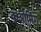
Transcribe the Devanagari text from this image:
कुओमिंग